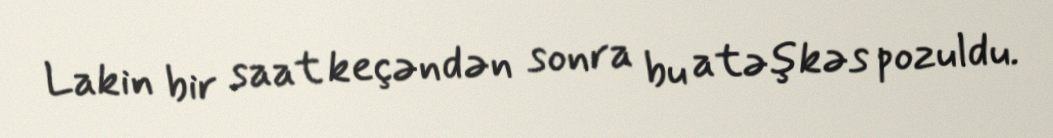
Lakin bir saat keçəndən sonra bu atəşkəs pozuldu.